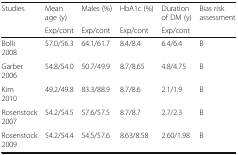
| Studies | Mean age (y) | Males (%) | HbA1c (%) | Duration of DM (y) | Bias risk assessment |
 |  | Exp/cont | Exp/cont | Exp/cont | Exp/cont |  |
 | --- | --- | --- | --- | --- | --- |
 | Bolli 2008 | 57.0/56.3 | 64.1/61.7 | 8.4/8.4 | 6.4/6.4 | B |
 | Garber 2006 | 54.8/54.0 | 50.7/49.9 | 8.7/8.65 | 4.8/4.75 | B |
 | Kim 2010 | 49.2/49.8 | 83.3/88.9 | 8.7/8.6 | 2.1/1.9 | B |
 | Rosenstock 2007 | 54.2/54.5 | 57.6/57.5 | 8.7/8.7 | 2.7/2.3 | B |
 | Rosenstock 2009 | 54.2/54.4 | 54.5/57.6 | 8.63/8.58 | 2.60/1.98 | B |